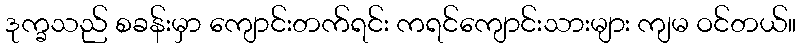
ဒုက္ခသည် စခန်းမှာ ကျောင်းတက်ရင်း ကရင်ကျောင်းသားများ ကျမ ဝင်တယ်။